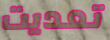
تعديت